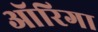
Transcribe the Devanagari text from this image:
ऑरिगा